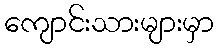
ကျောင်းသားများမှာ